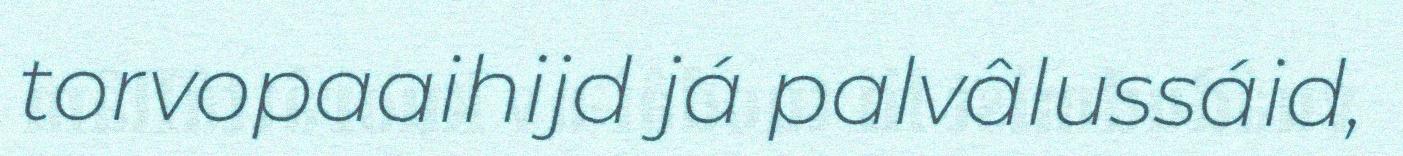
torvopaaihijd já palvâlussáid,